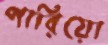
পারিয়ো